Lunatic asylums Central Provinces reports 1895-1909 - 1895-1909
Year: 1895
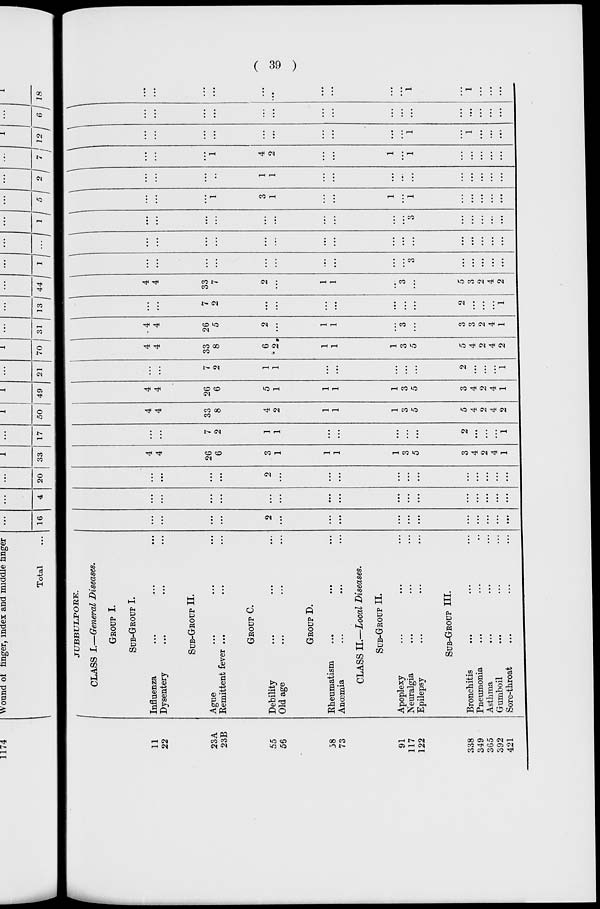
( 39 )
11
22
23A
23B
55
56
58
73
91
117
122
338
349
365
392
421
JUBBULPORE.
CLASS I.—General Diseases.
GROUP I.
SUB-GROUP I.
Influenza
...
...
...
Dysentery ... ... ...
SUB-GROUP II.
Ague
...
...
...
Remittent fever ... ... ...
GROUP C.
Debility ... ... ...
Old age ... ... ...
GROUP D.
Rheumatism ... ... ...
Anœmia
...
... ...
CLASS II.—Local Diseases.
SUB-GROUP II.
Apoplexy ... ... ...
Neuralgia ... ... ...
Epilepsy ... ...
SUB-GROUP III.
Bronchitis ... ... ...
Pneumonia ... ... ...
Asthma ... ... ...
Gumboil ... ... ...
Sore-throat ... ... ...
...
...
...
...
2
...
...
...
...
...
...
...
...
...
...
...
...
...
...
...
...
...
...
...
...
...
...
...
...
...
...
...
...
...
...
...
2
...
...
...
...
...
...
...
...
...
...
...
4
4
26
6
3
1
1
1
1
3
5
3
4
2
4
1
...
...
7
2
1
1
...
...
...
...
...
2
...
...
...
1
4
4
33
8
4
2
1
1
1
3
5
5
4
2
4
2
4
4
26
6
5
1
1
1
1
3
5
3
4
2
4
1
...
...
7
2
1
1
...
...
...
...
...
2
...
...
...
1
4
4
33
8
6
2
1
1
1
3
5
5
4
2
4
2
4
4
26
5
2
...
1
1
...
3
...
3
3
2
4
1
...
...
7
2
...
...
...
...
...
...
...
2
...
...
...
1
4
4
33
7
2
...
1
1
...
3
...
5
3
2
4
2
...
...
...
...
...
...
...
...
...
...
3
...
...
...
...
...
...
...
...
...
...
...
...
...
...
...
...
...
...
...
...
...
...
...
...
...
...
...
...
...
...
...
3
...
...
...
...
...
...
...
...
1
3
1
...
...
1
...
1
...
...
...
...
...
...
...
...
...
1
1
...
...
...
...
...
...
...
...
...
...
...
...
...
1
4
2
...
...
1
...
1
...
...
...
...
...
...
...
...
...
...
...
...
...
...
...
1
...
1
...
...
...
...
...
...
...
...
...
...
...
...
...
...
...
...
...
...
...
...
...
...
...
...
...
...
...
...
...
1
...
1
...
...
...